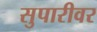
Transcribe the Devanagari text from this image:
सुपारीवर